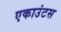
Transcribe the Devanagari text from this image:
एकाउंटस